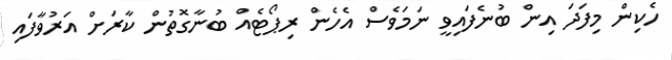
ހެކިން މިފަދަ އިން ބުނެފައިވީ ނަމަވެސް އެހެން ރިޕޯޓެއް ބުނާގޮތުން ކާރަށް އަރުވާފައި